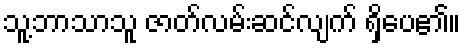
သူ့ဘာသာသူ ဇာတ်လမ်းဆင်လျက် ရှိပေ၏။